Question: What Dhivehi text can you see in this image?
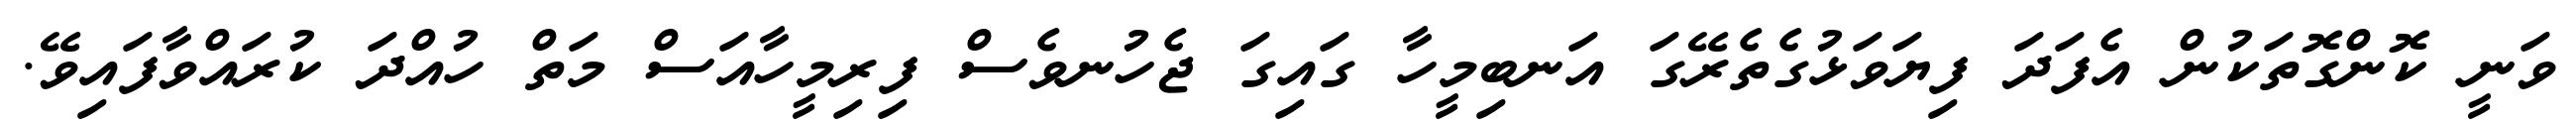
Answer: ވަނީ ކޮންގޮތަކުން އެފަދަ ފިޔަވަޅުގެތެރޭގަ އަނބިމީހާ ގައިގަ ޖެހުނވެސް ފިރިމީހާއަސް މަތް ހުއްދަ ކުރައްވާފައިވޭ.